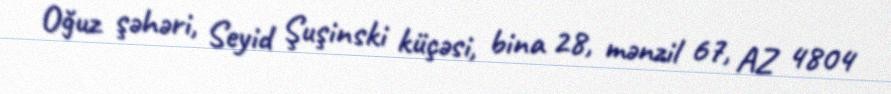
Oğuz şəhəri, Seyid Şuşinski küçəsi, bina 28, mənzil 67, AZ 4804